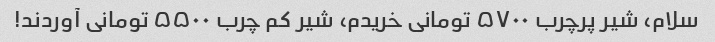
سلام، شیر پرچرب ۵۷۰۰ تومانی خریدم، شیر کم چرب ۵۵۰۰ تومانی آوردند!